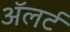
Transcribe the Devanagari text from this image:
अॅलर्ट